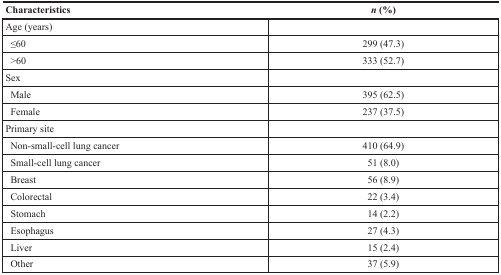
<table><thead><tr><td><b>Characteristics</b></td><td><b><i>n</i> (%)</b></td></tr></thead><tbody><tr><td>Age (years)</td><td></td></tr><tr><td> ≤60</td><td>299 (47.3)</td></tr><tr><td> &gt;60</td><td>333 (52.7)</td></tr><tr><td>Sex</td><td></td></tr><tr><td> Male</td><td>395 (62.5)</td></tr><tr><td> Female</td><td>237 (37.5)</td></tr><tr><td>Primary site</td><td></td></tr><tr><td> Non-small-cell lung cancer</td><td>410 (64.9)</td></tr><tr><td> Small-cell lung cancer</td><td>51 (8.0)</td></tr><tr><td> Breast</td><td>56 (8.9)</td></tr><tr><td> Colorectal</td><td>22 (3.4)</td></tr><tr><td> Stomach</td><td>14 (2.2)</td></tr><tr><td> Esophagus</td><td>27 (4.3)</td></tr><tr><td> Liver</td><td>15 (2.4)</td></tr><tr><td> Other</td><td>37 (5.9)</td></tr></tbody></table>